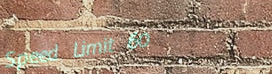
Speed Limit 60